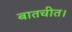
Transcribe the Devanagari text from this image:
बातचीत।